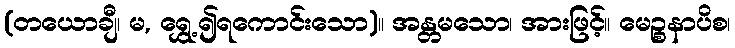
(တယောချီ၊ မ, ရွှေ့၍ရကောင်းသော)။ အန္တမသော၊ အားဖြင့်။ မေဉ္စနာပိစ၊